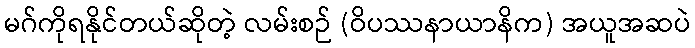
မဂ်ကိုရနိုင်တယ်ဆိုတဲ့ လမ်းစဉ် (ဝိပဿနာယာနိက) အယူအဆပဲ